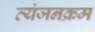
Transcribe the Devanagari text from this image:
व्यंजनक्रम